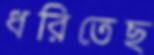
ধরিতেছ